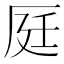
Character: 𠩢